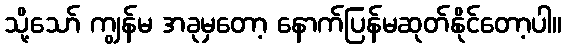
သို့သော် ကျွန်မ အခုမှတော့ နောက်ပြန်မဆုတ်နိုင်တော့ပါ။